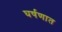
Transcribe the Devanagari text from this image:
घर्षणात